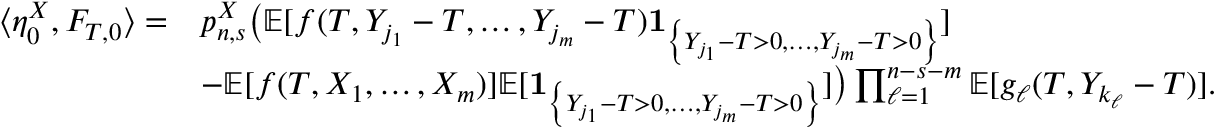
\begin{array} { r l } { \langle \eta _ { 0 } ^ { X } , F _ { T , 0 } \rangle = } & { p _ { n , s } ^ { X } \big ( \mathbb { E } [ f ( T , Y _ { j _ { 1 } } - T , \dots , Y _ { j _ { m } } - T ) \mathbf { 1 } _ { \left\{ Y _ { j _ { 1 } } - T > 0 , \dots , Y _ { j _ { m } } - T > 0 \right\} } ] } \\ & { - \mathbb { E } [ f ( T , X _ { 1 } , \dots , X _ { m } ) ] \mathbb { E } [ \mathbf { 1 } _ { \left\{ Y _ { j _ { 1 } } - T > 0 , \dots , Y _ { j _ { m } } - T > 0 \right\} } ] \big ) \prod _ { \ell = 1 } ^ { n - s - m } \mathbb { E } [ g _ { \ell } ( T , Y _ { k _ { \ell } } - T ) ] . } \end{array}